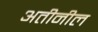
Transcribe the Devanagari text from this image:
अतीनील